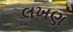
લખણ